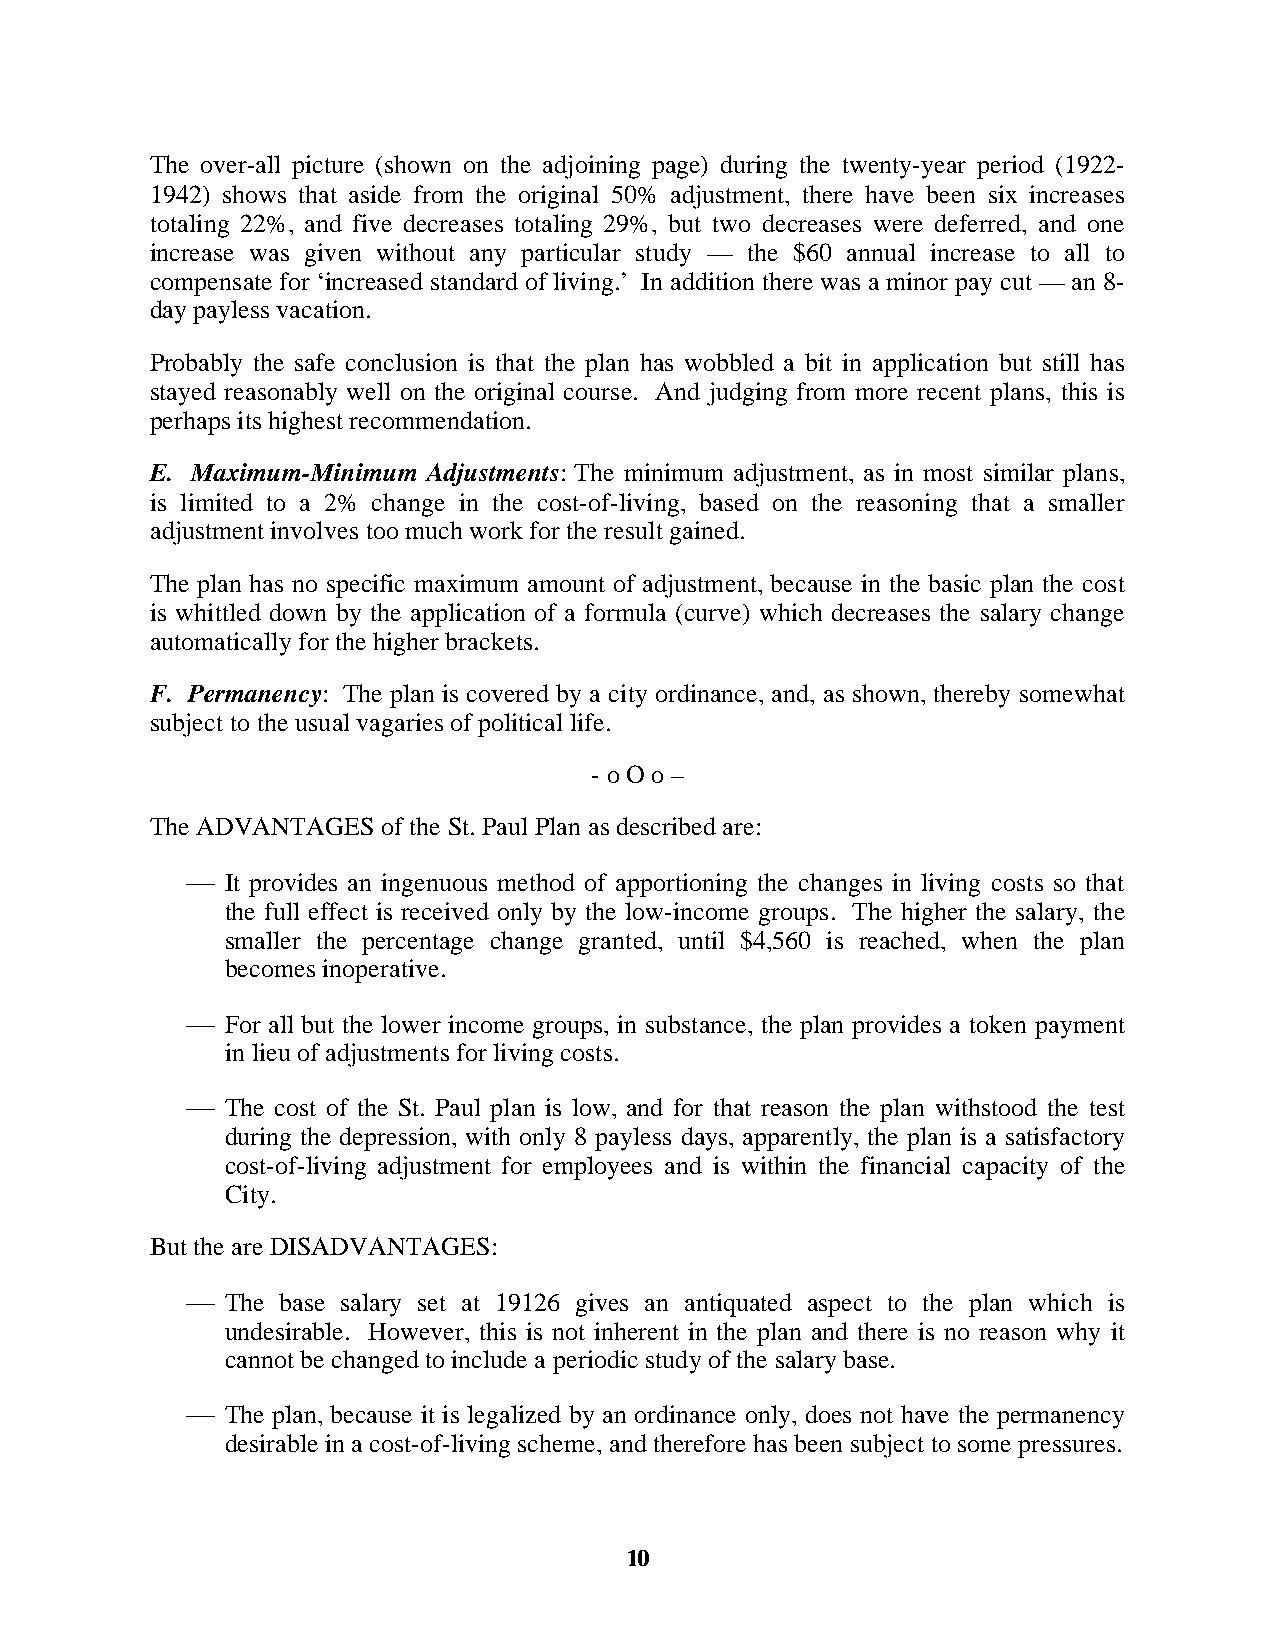
The over-all picture (shown on the adjoining page) during the twenty-year period (1922-
 1942) shows that aside from the original 50% adjustment, there have been six increases
 totaling 22%, and five decreases totaling 29%, but two decreases were deferred, and one
 increase was given without any particular study — the $60 annual increase to all to
 compensate for ‘increased standard of living.’ In addition there was a minor pay cut — an 8-
 day payless vacation.
 Probably the safe conclusion is that the plan has wobbled a bit in application but still has
 stayed reasonably well on the original course. And judging from more recent plans, this is
 perhaps its highest recommendation.
 E. Maximum-Minimum Adjustments: The minimum adjustment, as in most similar plans,
 is limited to a 2% change in the cost-of-living, based on the reasoning that a smaller
 adjustment involves too much work for the result gained.
 The plan has no specific maximum amount of adjustment, because in the basic plan the cost
 is whittled down by the application of a formula (curve) which decreases the salary change
 automatically for the higher brackets.
 F. Permanency: The plan is covered by a city ordinance, and, as shown, thereby somewhat
 subject to the usual vagaries of political life.
 - o O o –
 The ADVANTAGES of the St. Paul Plan as described are:
   It provides an ingenuous method of apportioning the changes in living costs so that
 the full effect is received only by the low-income groups. The higher the salary, the
 smaller the percentage change granted, until $4,560 is reached, when the plan
 becomes inoperative.
   For all but the lower income groups, in substance, the plan provides a token payment
 in lieu of adjustments for living costs.
   The cost of the St. Paul plan is low, and for that reason the plan withstood the test
 during the depression, with only 8 payless days, apparently, the plan is a satisfactory
 cost-of-living adjustment for employees and is within the financial capacity of the
 City.
 But the are DISADVANTAGES:
   The base salary set at 19126 gives an antiquated aspect to the plan which is
 undesirable. However, this is not inherent in the plan and there is no reason why it
 cannot be changed to include a periodic study of the salary base.
   The plan, because it is legalized by an ordinance only, does not have the permanency
 desirable in a cost-of-living scheme, and therefore has been subject to some pressures.
 10